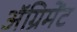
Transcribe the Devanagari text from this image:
अॅग्रिमेंट